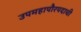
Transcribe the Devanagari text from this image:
उपमहापौरपदाची